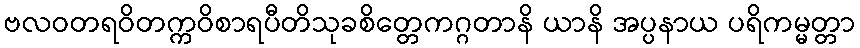
ဗလဝတရဝိတက္ကဝိစာရပီတိသုခစိတ္တေကဂ္ဂတာနိ ယာနိ အပ္ပနာယ ပရိကမ္မတ္တာ